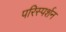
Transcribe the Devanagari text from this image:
परिस्‍पर्शन